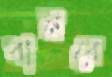
বানবে